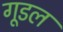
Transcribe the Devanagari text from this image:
गूडल